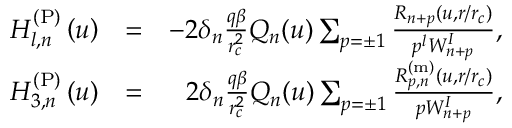
\begin{array} { r l r } { H _ { l , n } ^ { \mathrm { ( P ) } } \left( u \right) } & { = } & { - 2 \delta _ { n } \frac { q \beta } { r _ { c } ^ { 2 } } Q _ { n } ( u ) \sum _ { p = \pm 1 } \frac { R _ { n + p } ( u , r / r _ { c } ) } { p ^ { l } W _ { n + p } ^ { I } } , } \\ { H _ { 3 , n } ^ { \mathrm { ( P ) } } \left( u \right) } & { = } & { 2 \delta _ { n } \frac { q \beta } { r _ { c } ^ { 2 } } Q _ { n } ( u ) \sum _ { p = \pm 1 } \frac { R _ { p , n } ^ { \mathrm { ( m ) } } ( u , r / r _ { c } ) } { p W _ { n + p } ^ { I } } , } \end{array}